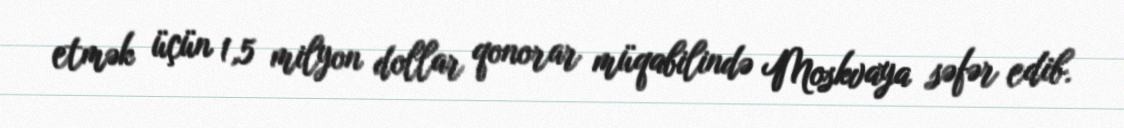
etmək üçün 1,5 milyon dollar qonorar müqabilində Moskvaya səfər edib.